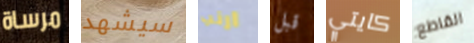
مرساة سيشهد ارنب قبل كايتي القاطع